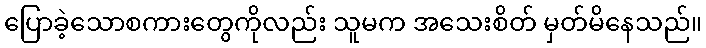
ပြောခဲ့သောစကားတွေကိုလည်း သူမက အသေးစိတ် မှတ်မိနေသည်။